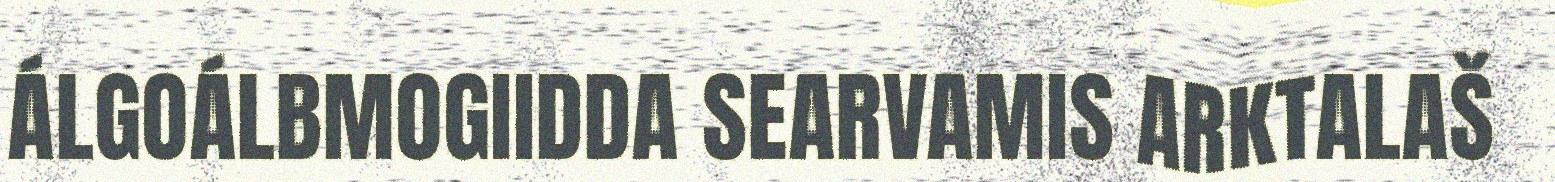
ÁLGOÁLBMOGIIDDA SEARVAMIS ARKTALAŠ